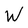
Character: W